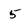
Character: 5